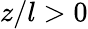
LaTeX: z/l>0